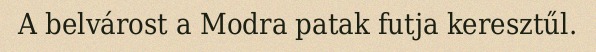
A belvárost a Modra patak futja keresztűl.